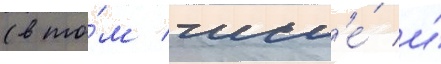
(в то́м числ'е́ и́